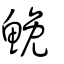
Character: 鮸